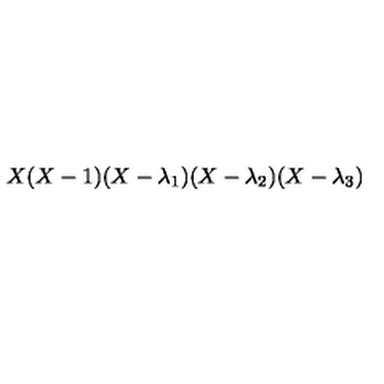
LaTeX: X ( X - 1 ) ( X - \lambda _ { 1 } ) ( X - \lambda _ { 2 } ) ( X - \lambda _ { 3 } )